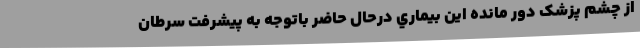
از چشم پزشک دور مانده این بيماري درحال حاضر باتوجه به پیشرفت سرطان